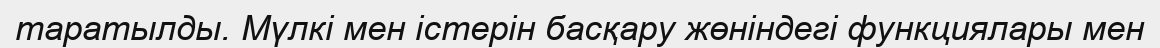
таратылды. Мүлкі мен істерін басқару жөніндегі функциялары мен